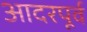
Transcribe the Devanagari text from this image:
आदरपूर्व